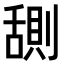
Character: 𬜊